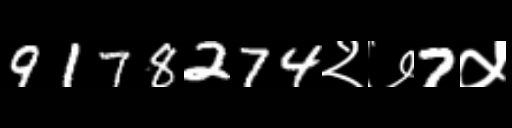
Text: 9178274२७7५